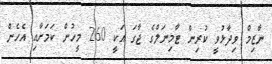
ނާޒިމް ވިދާޅުވީ ކުރިން ޓާމިނަލްގެ ޖާގަ އަކީ 260 މީހުން ކަމަށާއި އެހެން